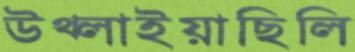
উথ্‌লাইয়াছিলি